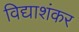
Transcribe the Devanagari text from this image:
विद्याशंकर